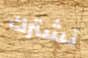
نشترك